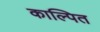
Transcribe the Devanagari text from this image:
काल्पित